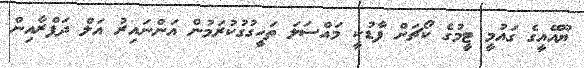
ޔޫއޭއީގެ ގައުމީ ޓީމުގެ ކޯޗަށް ފާޑުކީ މައްސަލަ ތަހީގުގުކުރަމުން އަންނައިރު އަލް ދަފްރާއިން